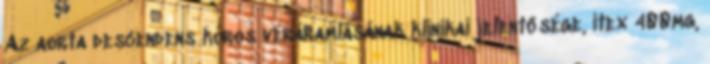
Az aorta descendens kóros véráramlásának klinikai jelentősége, itex 400mg,